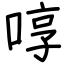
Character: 啍